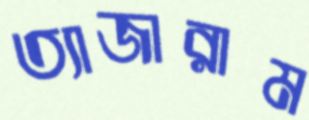
ত্যাজারাম